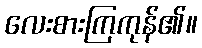
လေးစားကြကုန်၏။